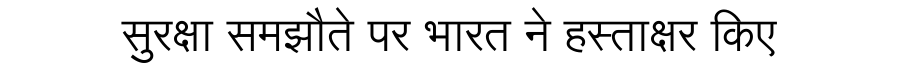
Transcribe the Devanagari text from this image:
सुरक्षा समझौते पर भारत ने हस्ताक्षर किए